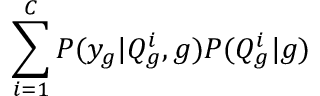
\sum _ { i = 1 } ^ { C } P ( y _ { g } | Q _ { g } ^ { i } , g ) P ( Q _ { g } ^ { i } | g )